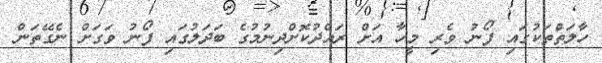
ހާލަތްތަކުގައި ފޯނު ވެރި މީހާ އަށް ރައްދުކޮށްދިނުމުގެ ބަދަލުގައި ފޯނު ވަގަށް ނެގޭތަން